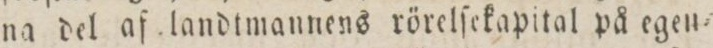
na del af landtmannens rörelſekapital på egen=